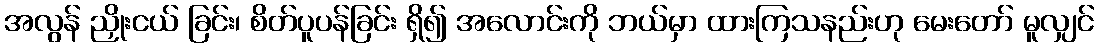
အလွန် ညှိုးငယ် ခြင်း၊ စိတ်ပူပန်ခြင်း ရှိ၍ အလောင်းကို ဘယ်မှာ ထားကြသနည်းဟု မေးတော် မူလျှင်